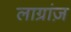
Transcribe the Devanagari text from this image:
लाग्रांज़